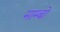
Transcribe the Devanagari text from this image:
माम्बो